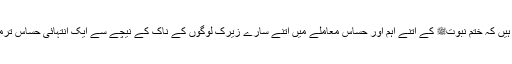
اور ابھی لوگ نکلے ہیں کہ ختمِ نبوتﷺ کے اتنے اہم اور حساس معاملے میں اتنے سارے زیرک لوگوں کے ناک کے نیچے سے ایک انتہائی حساس ترمیم کیسے نکل گئی ؟